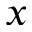
x